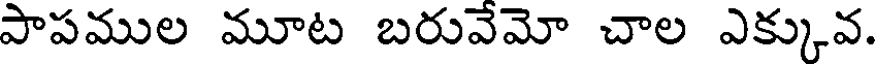
పాపముల మూట బరువేమో చాల ఎక్కువ.